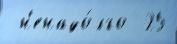
 н'енадо́лго  25